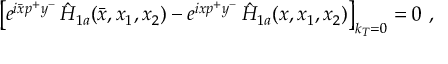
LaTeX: c = 3 + \frac { 1 2 } { k } + o \left( \frac { 1 } { k ^ { 2 } } \right)